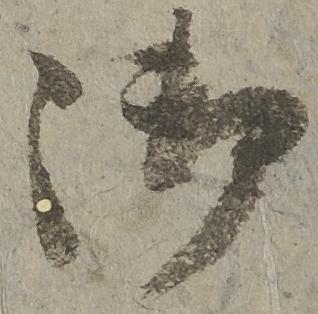
御